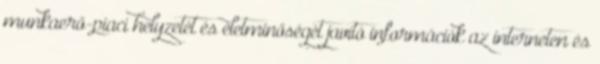
munkaerő-piaci helyzetét és életminőségét javító információk az interneten és